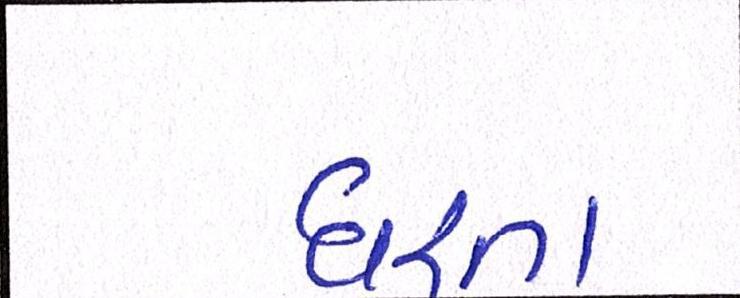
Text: ધરતા